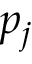
p _ { j }